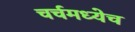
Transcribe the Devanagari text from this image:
चर्चमध्येच